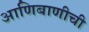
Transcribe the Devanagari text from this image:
आणिबाणीची